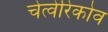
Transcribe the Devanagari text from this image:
चेत्वेरिकोव